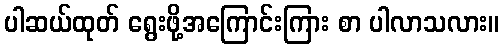
ပါဆယ်ထုတ် ရွေးဖို့အကြောင်းကြား စာ ပါလာသလား။